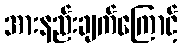
အားနည်းချက်ကြောင့်